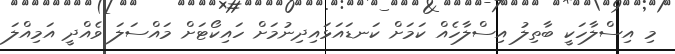
މި އިސްލާހަކީ ބާތިލު އިސްލާހެއް ކަމަށް ކަނޑައަޅައިދިނުމަށް ހައިކޯޓަށް މައްސަލަ ވެއްދީ އަމިއްލަ